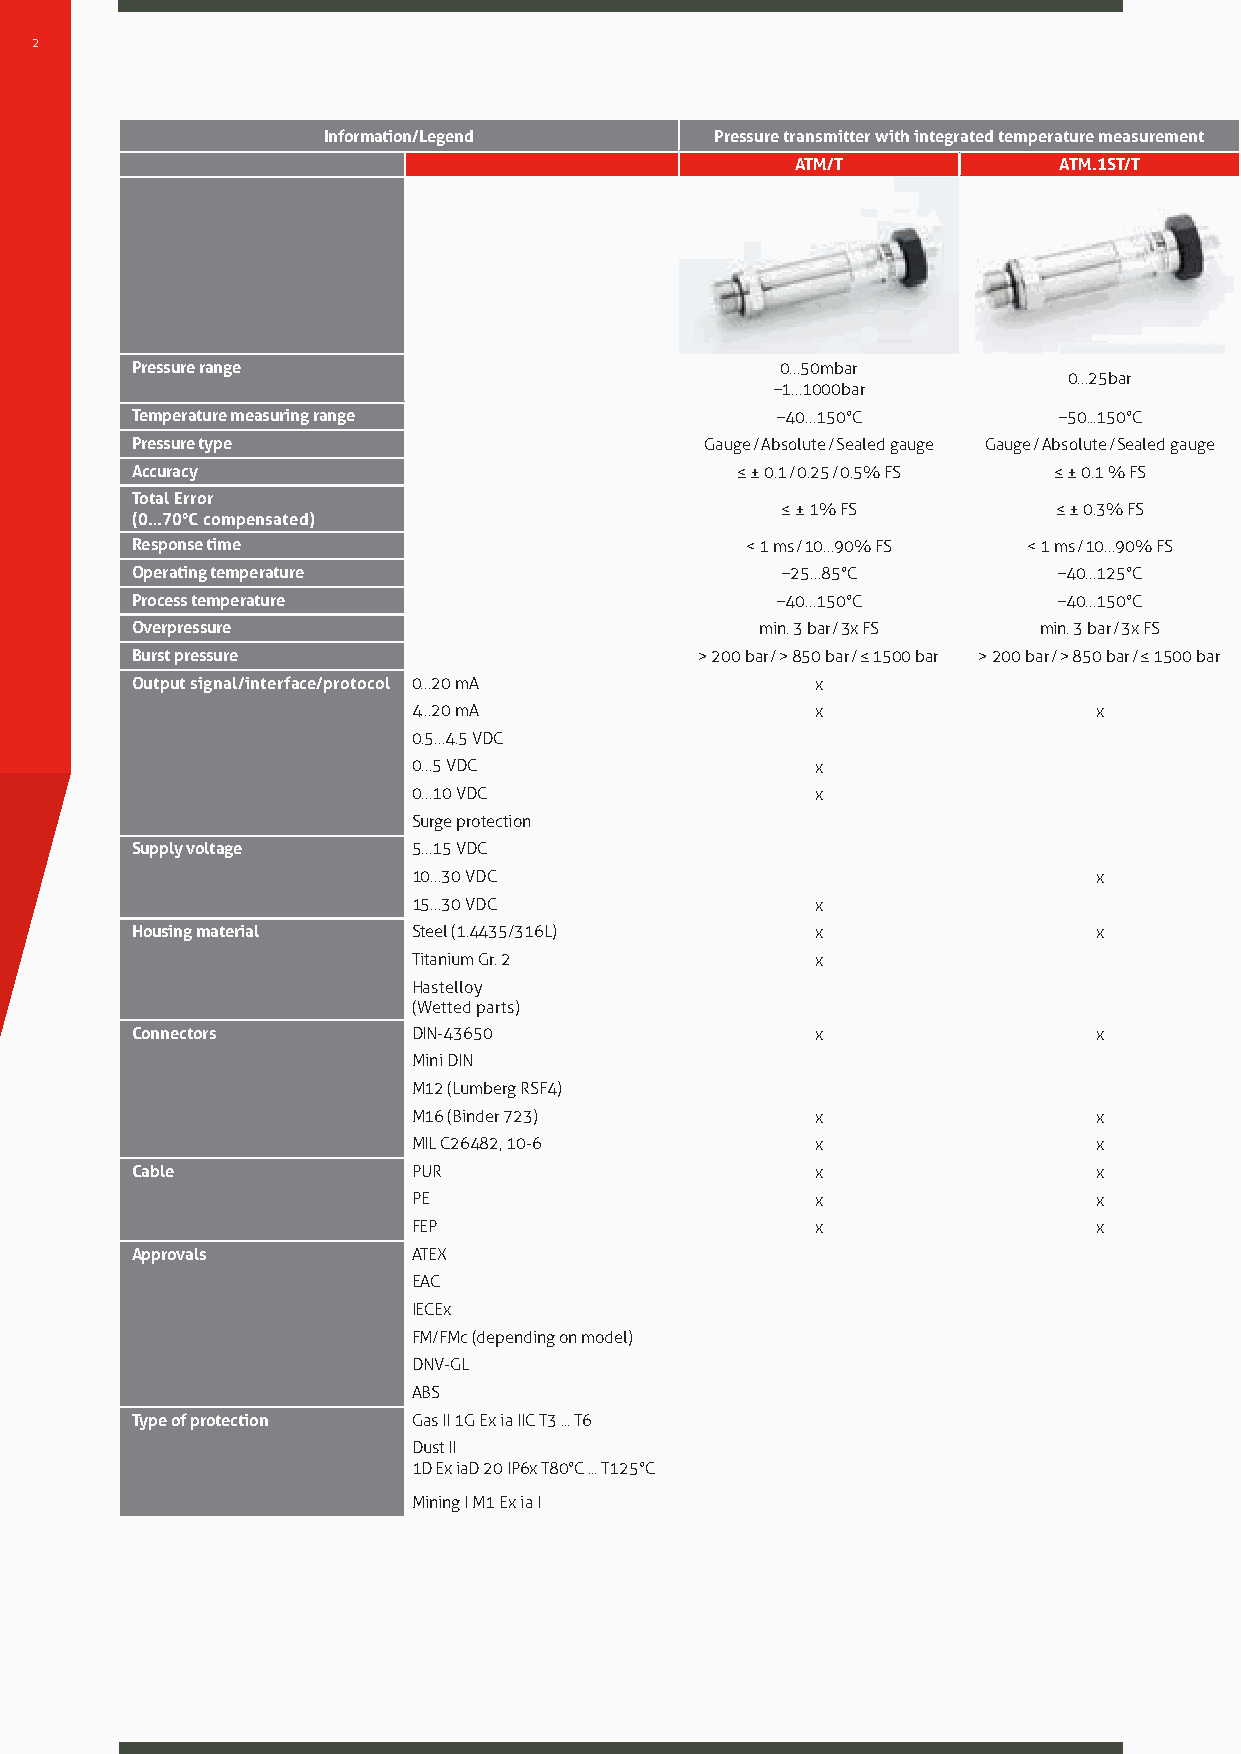
2
 Information/Legend        Pressure transmitter with integrated temperature measurement
 ATM/T            ATM.1ST/T
 Pressure range                             0…50mbar
 0…25bar
 −1…1000bar
 Temperature measuring range               −40…150°C          −50...150°C
 Pressure type                         Gauge / Absolute / Sealed gauge Gauge / Absolute / Sealed gauge
 Accuracy                                ≤ ± 0.1 / 0.25 / 0.5% FS ≤ ± 0.1 % FS
 Total Error
 ≤ ± 1% FS         ≤ ± 0.3% FS
 (0…70°C compensated)
 Response time                           < 1 ms / 10…90% FS < 1 ms / 10…90% FS
 Operating temperature                      −25…85°C          −40…125°C
 Process temperature                       −40…150°C          −40…150°C
 Overpressure                             min. 3 bar / 3x FS min. 3 bar / 3x FS
 Burst pressure                       > 200 bar / > 850 bar / ≤ 1500 bar > 200 bar / > 850 bar / ≤ 1500 bar
 Output signal/interface/protocol 0…20 mA     x
 4…20 mA                    x                 x
 0.5…4.5 VDC
 0…5 VDC                    x
 0…10 VDC                   x
 Surge protection
 Supply voltage    5…15 VDC
 10…30 VDC                                    x
 15…30 VDC                  x
 Housing material  Steel (1.4435/316L)        x                 x
 Titanium Gr. 2             x
 Hastelloy
 (Wetted parts)
 Connectors        DIN-43650                  x                 x
 Mini DIN
 M12 (Lumberg RSF4)
 M16 (Binder 723)           x                 x
 MIL C26482, 10-6           x                 x
 Cable             PUR                        x                 x
 PE                         x                 x
 FEP                        x                 x
 Approvals         ATEX
 EAC
 IECEx
 FM/FMc (depending on model)
 DNV-GL
 ABS
 Type of protection Gas II 1G Ex ia IIC T3 ... T6
 Dust II
 1D Ex iaD 20 IP6x T80°C ... T125°C
 Mining I M1 Ex ia I